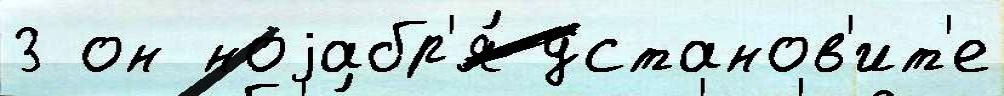
3 он ноjабр'я́ установ'ит'е